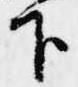
下